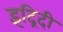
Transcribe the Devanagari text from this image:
इंद्रिदी